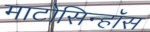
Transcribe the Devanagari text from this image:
माटोसिन्हॉस